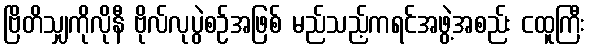
ဗြိတိသျှကိုလိုနီ ဗိုလ်လုပွဲစဉ်အဖြစ် မည်သည့်ကရင်အဖွဲ့အစည်း ငထူကြီး